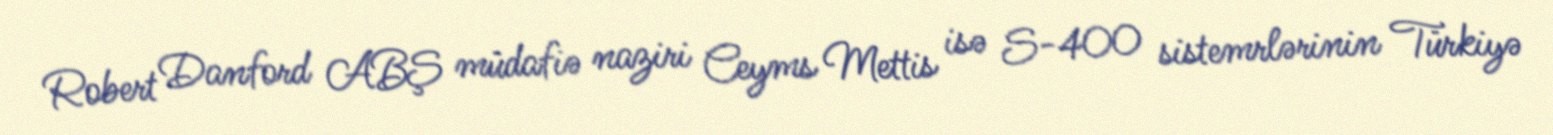
Robert Danford ABŞ müdafiə naziri Ceyms Mettis isə S-400 sistemrlərinin Türkiyə